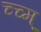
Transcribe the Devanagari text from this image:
च्च्म्